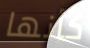
كأنها